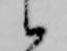
候